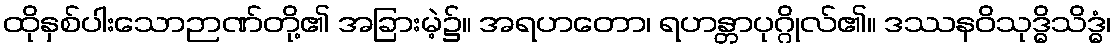
ထိုနှစ်ပါးသောဉာဏ်တို့၏ အခြားမဲ့၌။ အရဟတော၊ ရဟန္တာပုဂ္ဂိုလ်၏။ ဒဿနဝိသုဒ္ဓိသိဒ္ဓံ၊